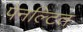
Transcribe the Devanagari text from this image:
पेनल्टित